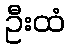
ဦးထံ